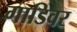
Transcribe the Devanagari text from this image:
गाडिवर